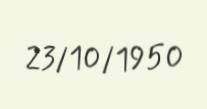
23/10/1950